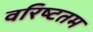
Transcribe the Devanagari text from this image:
वरिष्‍टतम